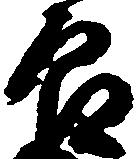
良